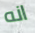
انه